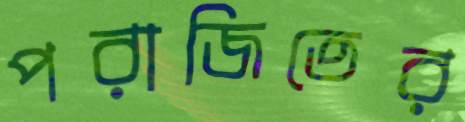
পরাজিতের